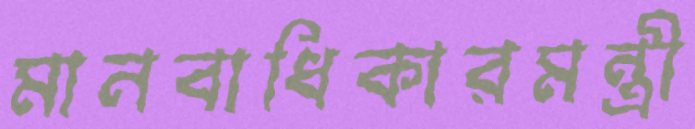
মানবাধিকারমন্ত্রী